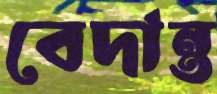
বেদান্ত